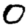
Digit: 0